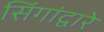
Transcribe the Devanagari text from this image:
सिंगांद्वारे